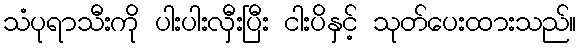
သံပုရာသီးကို ပါးပါးလှီးပြီး ငါးပိနှင့် သုတ်ပေးထားသည်။